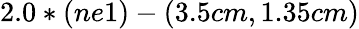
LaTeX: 2.0*(ne1)-(3.5cm,1.35cm)